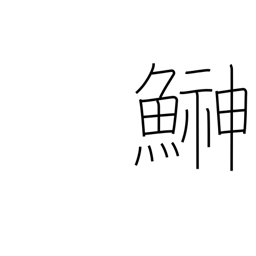
Meaning: sandfish